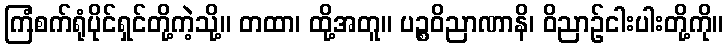
ကြံစက်ရုံပိုင်ရှင်တို့ကဲ့သို့။ တထာ၊ ထို့အတူ။ ပဉ္စဝိညာဏာနိ၊ ဝိညာဉ်ငါးပါးတို့ကို။